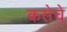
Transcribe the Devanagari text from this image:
कसेचे